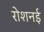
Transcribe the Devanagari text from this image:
रोशनई